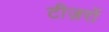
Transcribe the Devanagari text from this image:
टीज़रों